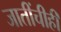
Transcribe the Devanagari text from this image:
जातींचीही